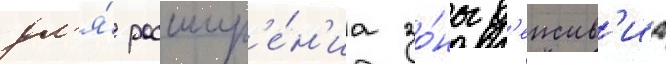
дл'я́ расшир'е́н'иа зо́ны д'еиств'иа